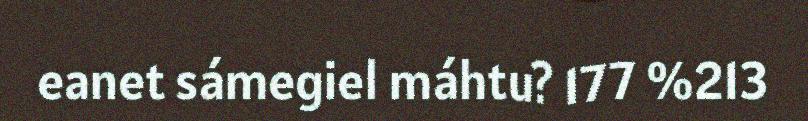
eanet sámegiel máhtu? 177 %213